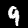
Digit: 9